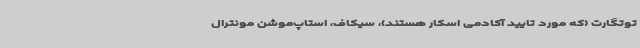
توتگارت (که مورد تایید آکادمی اسکار هستند)، سیکاف، استاپ‌موشن مونترال